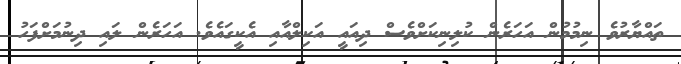
ތައްޔާރުވެ ނިމުމުން އަހަރެން ކުލިނިކަށްވެސް ދިއައީ އަކިލްއާއި އެކީގައެވެ. އަހަރެން ލައި ދިނުމަށްފަހު